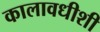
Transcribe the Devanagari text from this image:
कालावधीशी